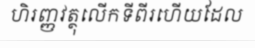
ហិរញ្ញវត្ថុលើកទីពីរហើយដែល